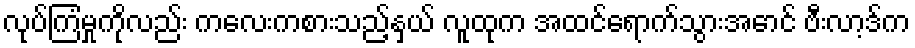
လုပ်ကြံမှုကိုလည်း ကလေးကစားသည့်နှယ် လူထုက အထင်ရောက်သွားအောင် ဗီးလာ့ဒ်က